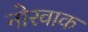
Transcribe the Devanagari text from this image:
नोरवाक